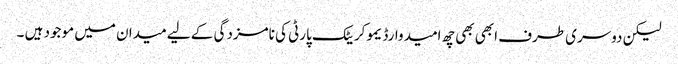
لیکن دوسری طرف ابھی بھی چھ امیدوارڈیموکریٹک پارٹی کی نامزدگی کے لیے میدان میں موجود ہیں ۔